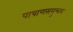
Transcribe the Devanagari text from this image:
पाषाणसमुच्चय